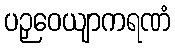
ပဉှဝေယျာကရဏံ